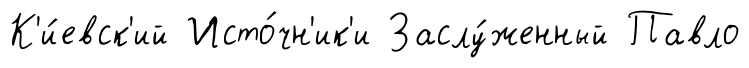
К'и́евск'ий Исто́чн'ик'и Заслу́женный Павло